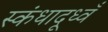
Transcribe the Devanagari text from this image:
स्कंधादूध्वँ